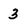
Character: 3